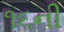
૧૬ની